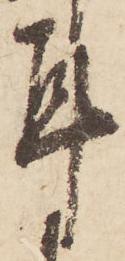
耳